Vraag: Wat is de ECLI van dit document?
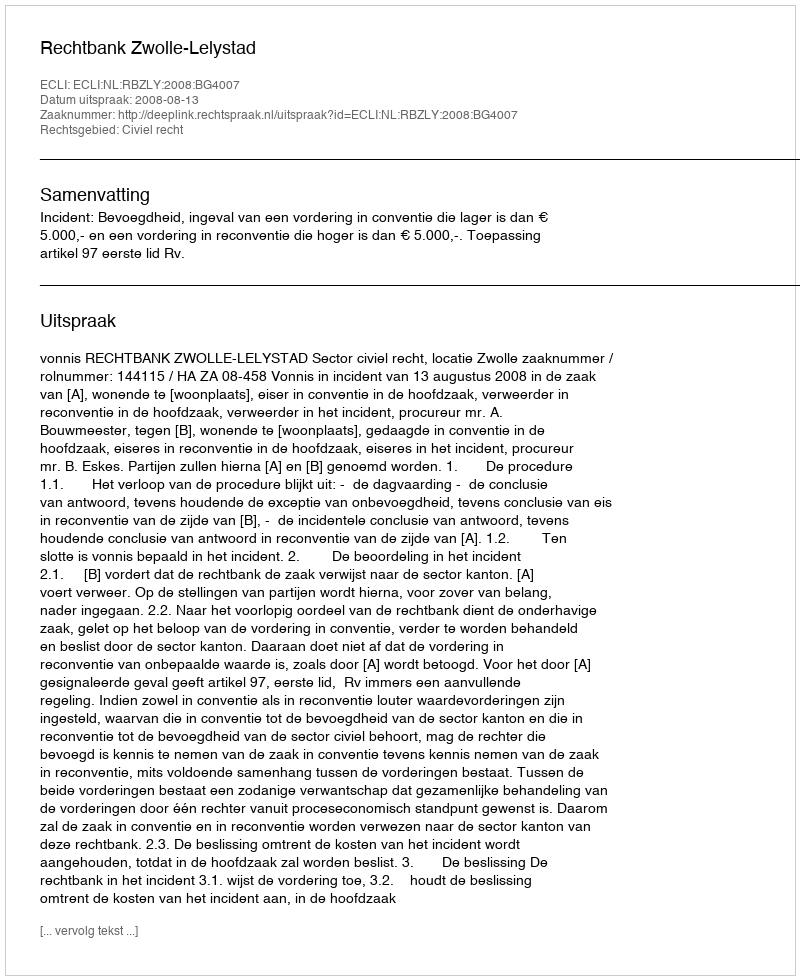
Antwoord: ECLI:NL:RBZLY:2008:BG4007